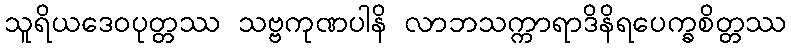
သူရိယဒေဝပုတ္တဿ သဗ္ဗကုဏပါနိ လာဘသက္ကာရာဒိနိရပေက္ခစိတ္တဿ